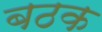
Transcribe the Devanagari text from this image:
बठक